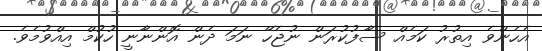
އެހެންވެ އިތުރު ކަމެއް ސާފުކުރަން ނުޖެހޭ ނަމަ ދެން އޮންނާނީ ހުކުމް އިއްވުމެވެ.